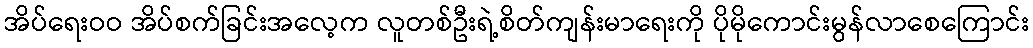
အိပ်ရေးဝဝ အိပ်စက်ခြင်းအလေ့က လူတစ်ဦးရဲ့စိတ်ကျန်းမာရေးကို ပိုမိုကောင်းမွန်လာစေကြောင်း